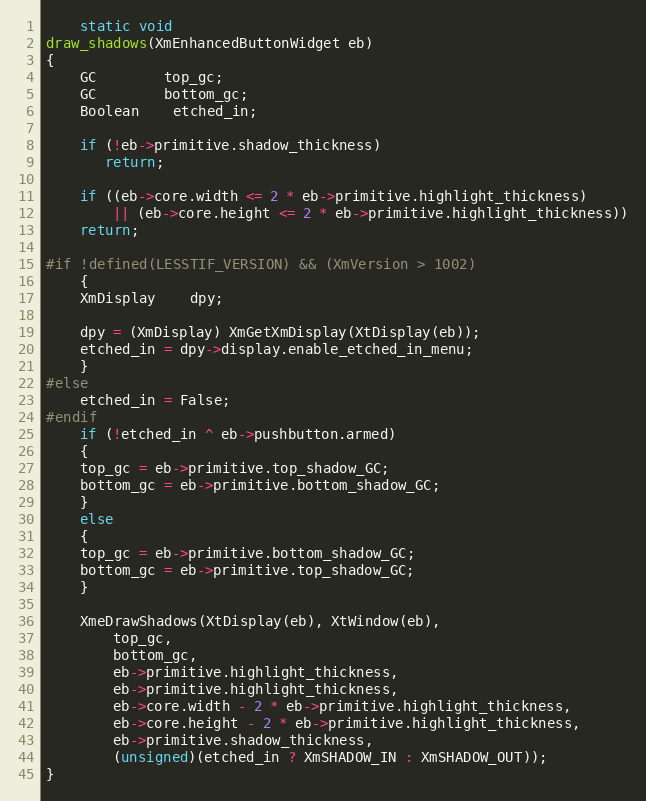
Language: C
    static void
draw_shadows(XmEnhancedButtonWidget eb)
{
    GC		top_gc;
    GC		bottom_gc;
    Boolean	etched_in;

    if (!eb->primitive.shadow_thickness)
       return;

    if ((eb->core.width <= 2 * eb->primitive.highlight_thickness)
	    || (eb->core.height <= 2 * eb->primitive.highlight_thickness))
	return;

#if !defined(LESSTIF_VERSION) && (XmVersion > 1002)
    {
	XmDisplay	dpy;

	dpy = (XmDisplay) XmGetXmDisplay(XtDisplay(eb));
	etched_in = dpy->display.enable_etched_in_menu;
    }
#else
    etched_in = False;
#endif
    if (!etched_in ^ eb->pushbutton.armed)
    {
	top_gc = eb->primitive.top_shadow_GC;
	bottom_gc = eb->primitive.bottom_shadow_GC;
    }
    else
    {
	top_gc = eb->primitive.bottom_shadow_GC;
	bottom_gc = eb->primitive.top_shadow_GC;
    }

    XmeDrawShadows(XtDisplay(eb), XtWindow(eb),
	    top_gc,
	    bottom_gc,
	    eb->primitive.highlight_thickness,
	    eb->primitive.highlight_thickness,
	    eb->core.width - 2 * eb->primitive.highlight_thickness,
	    eb->core.height - 2 * eb->primitive.highlight_thickness,
	    eb->primitive.shadow_thickness,
	    (unsigned)(etched_in ? XmSHADOW_IN : XmSHADOW_OUT));
}